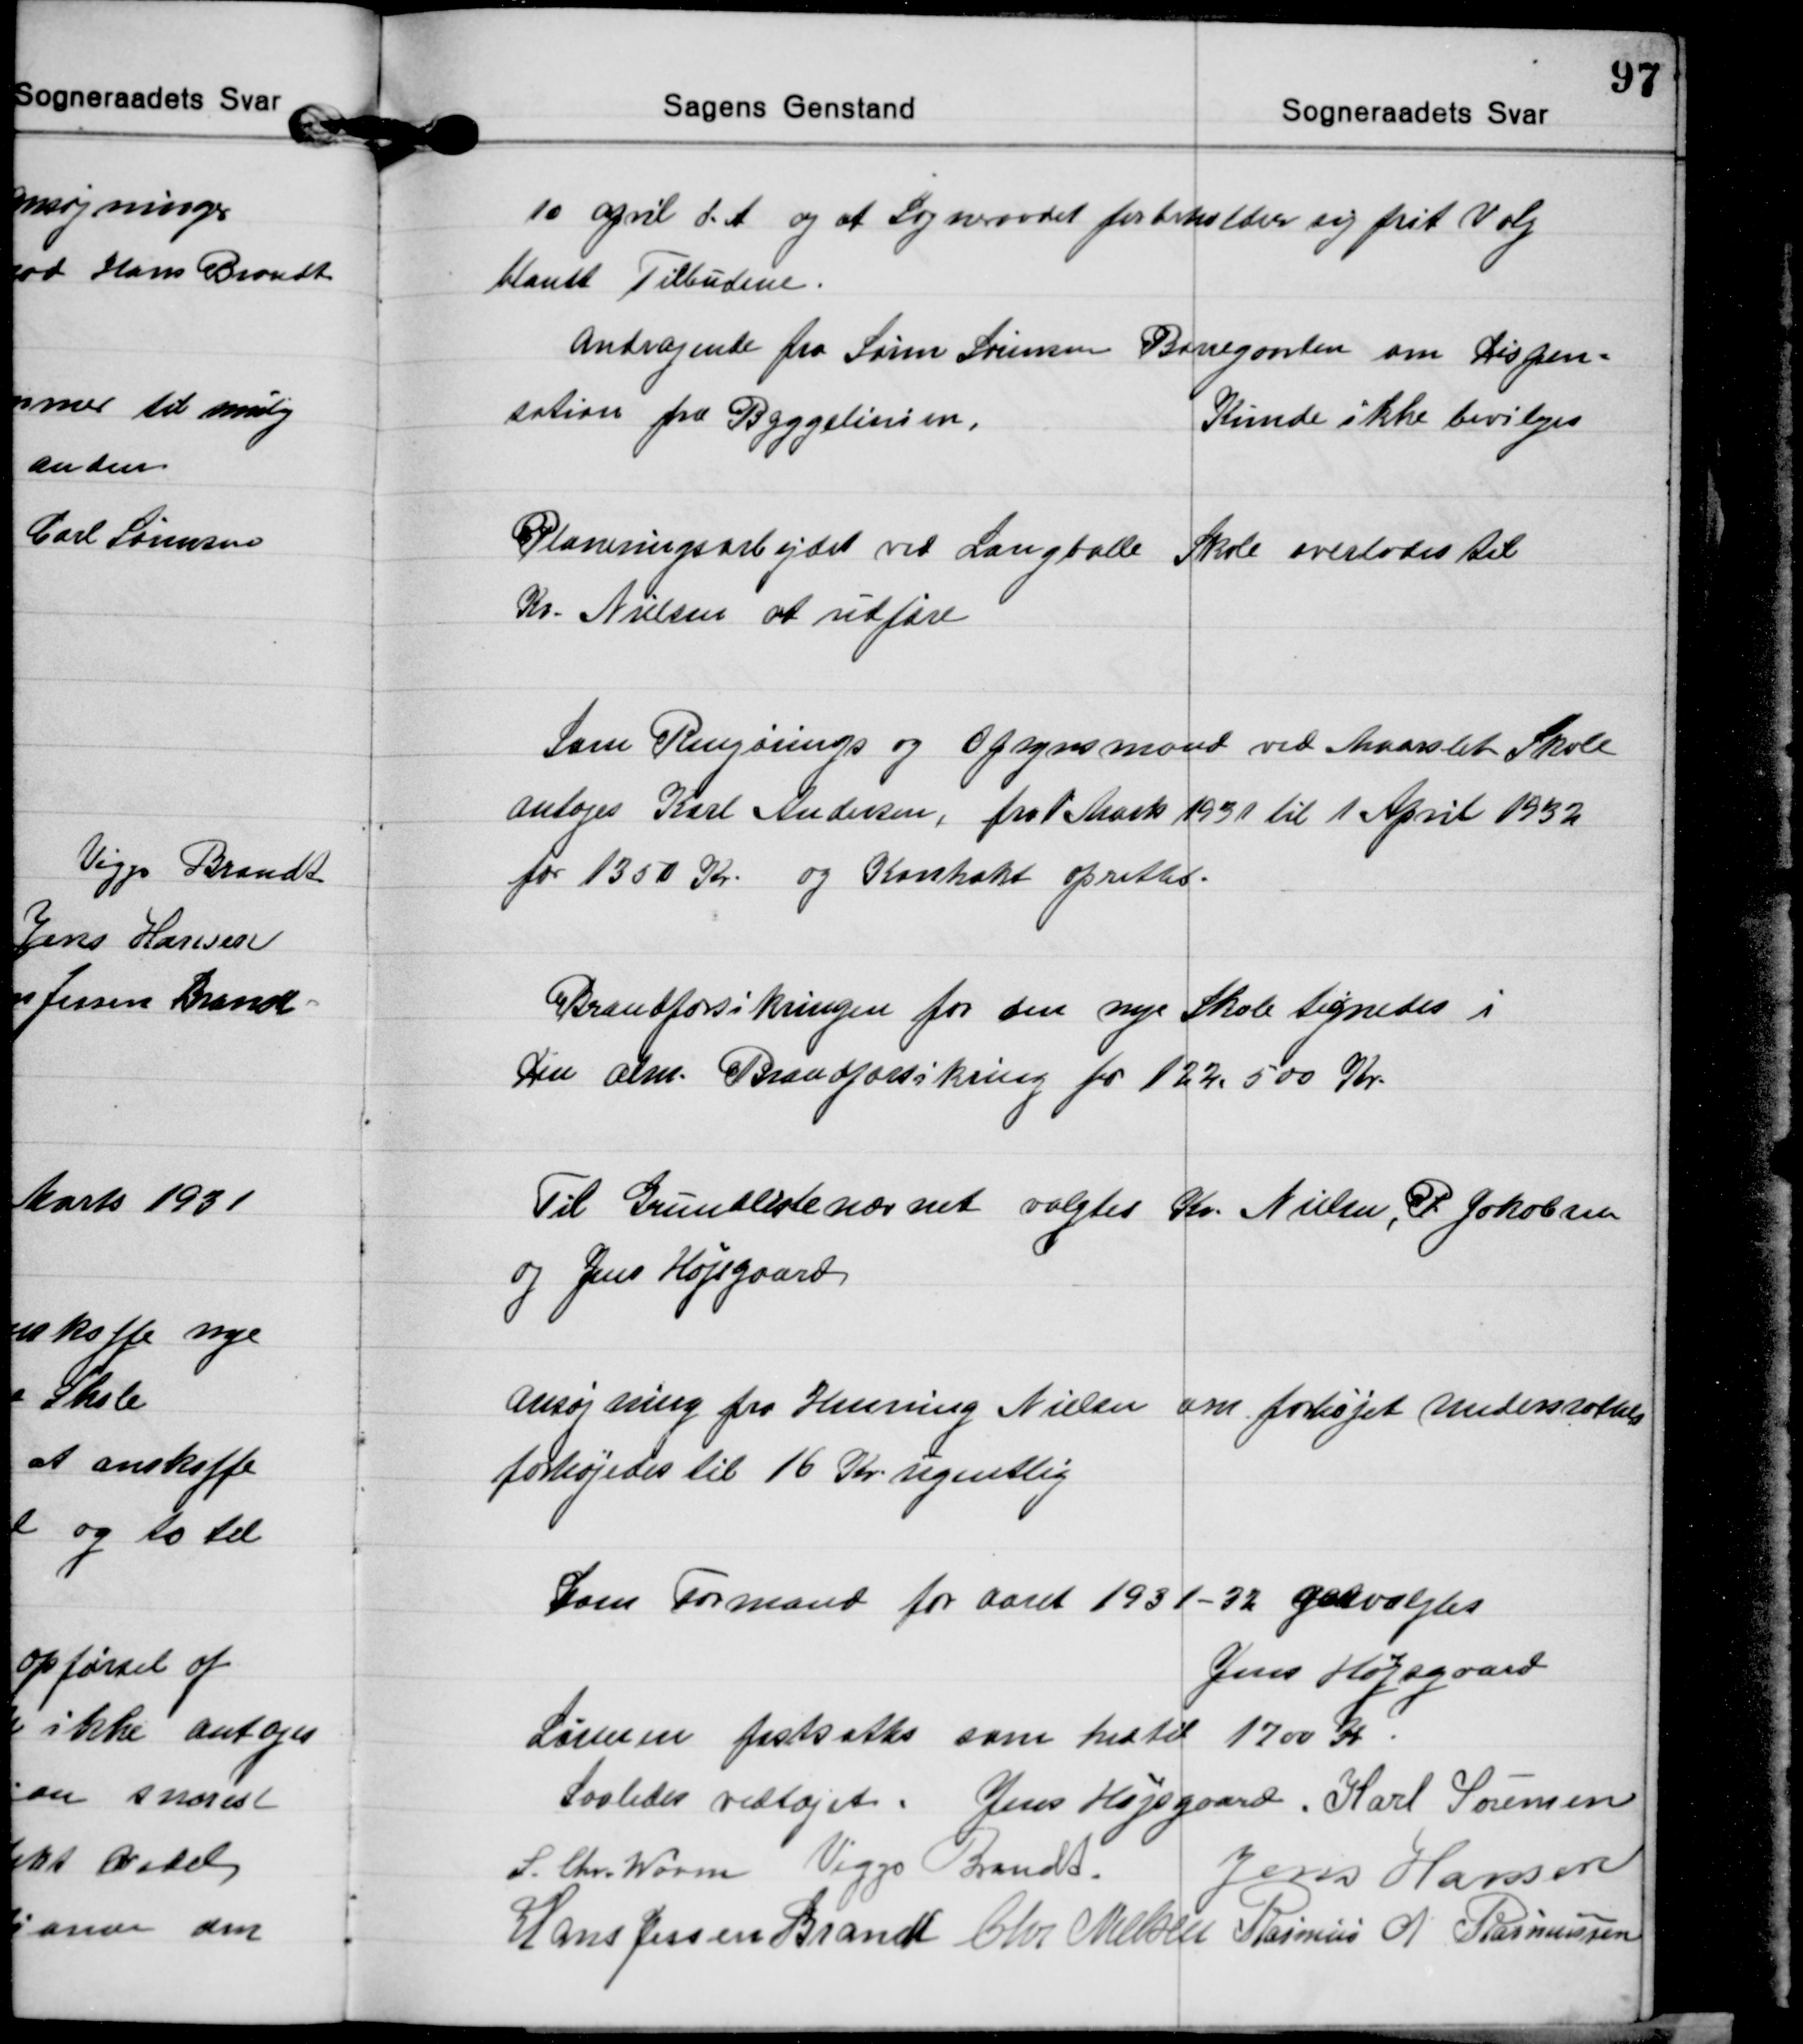
Transskription:
10 April d. A og at Sogneraadet forbeholder sig frit Valg
blandt Tilbudene.

Andragende fra Søren Sørensen Banegaarden om Dispen=
sation fra Byggelinien.
Kunde ikke bevilges

Planeringsarbejdet ved Langballe Skole overlodes til
Kr. Nielsen at udføre

Som Rengørings og Opsynsmand ved Maarslet Skole
antoges Karl Andersen, fra 1 Marts 1931 til 1 April 1932
for 1350 Kr og Kontrakt oprettes.

Brandforsikringen for den nye Skole tegnedes i
Den alm. Brandforsikring paa 122.500 Kr.

Til Grundlistenævnet valgtes Kr. Nielsen, P. Jakobsen
og Jens Højegaard

Ansøgning fra Henning Nielsen om forhøjet Understøttels
forhøjedes til 16 Kr ugentlig

Som Formand for aaret 1931-32 genvalgtes
Jens Højsgaard
Lønnen fastsattes som hidtil 1700 Kr.
Saaledes vedtaget. Jens Højsgaard Karl Sørensen
S. Chr. Worm Viggo Brandt. Jens Hansen
Hans Jessen Brandt Chr. Nielsen Rasmus N. Rasmussen